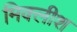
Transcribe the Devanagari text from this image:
मिक्लीश